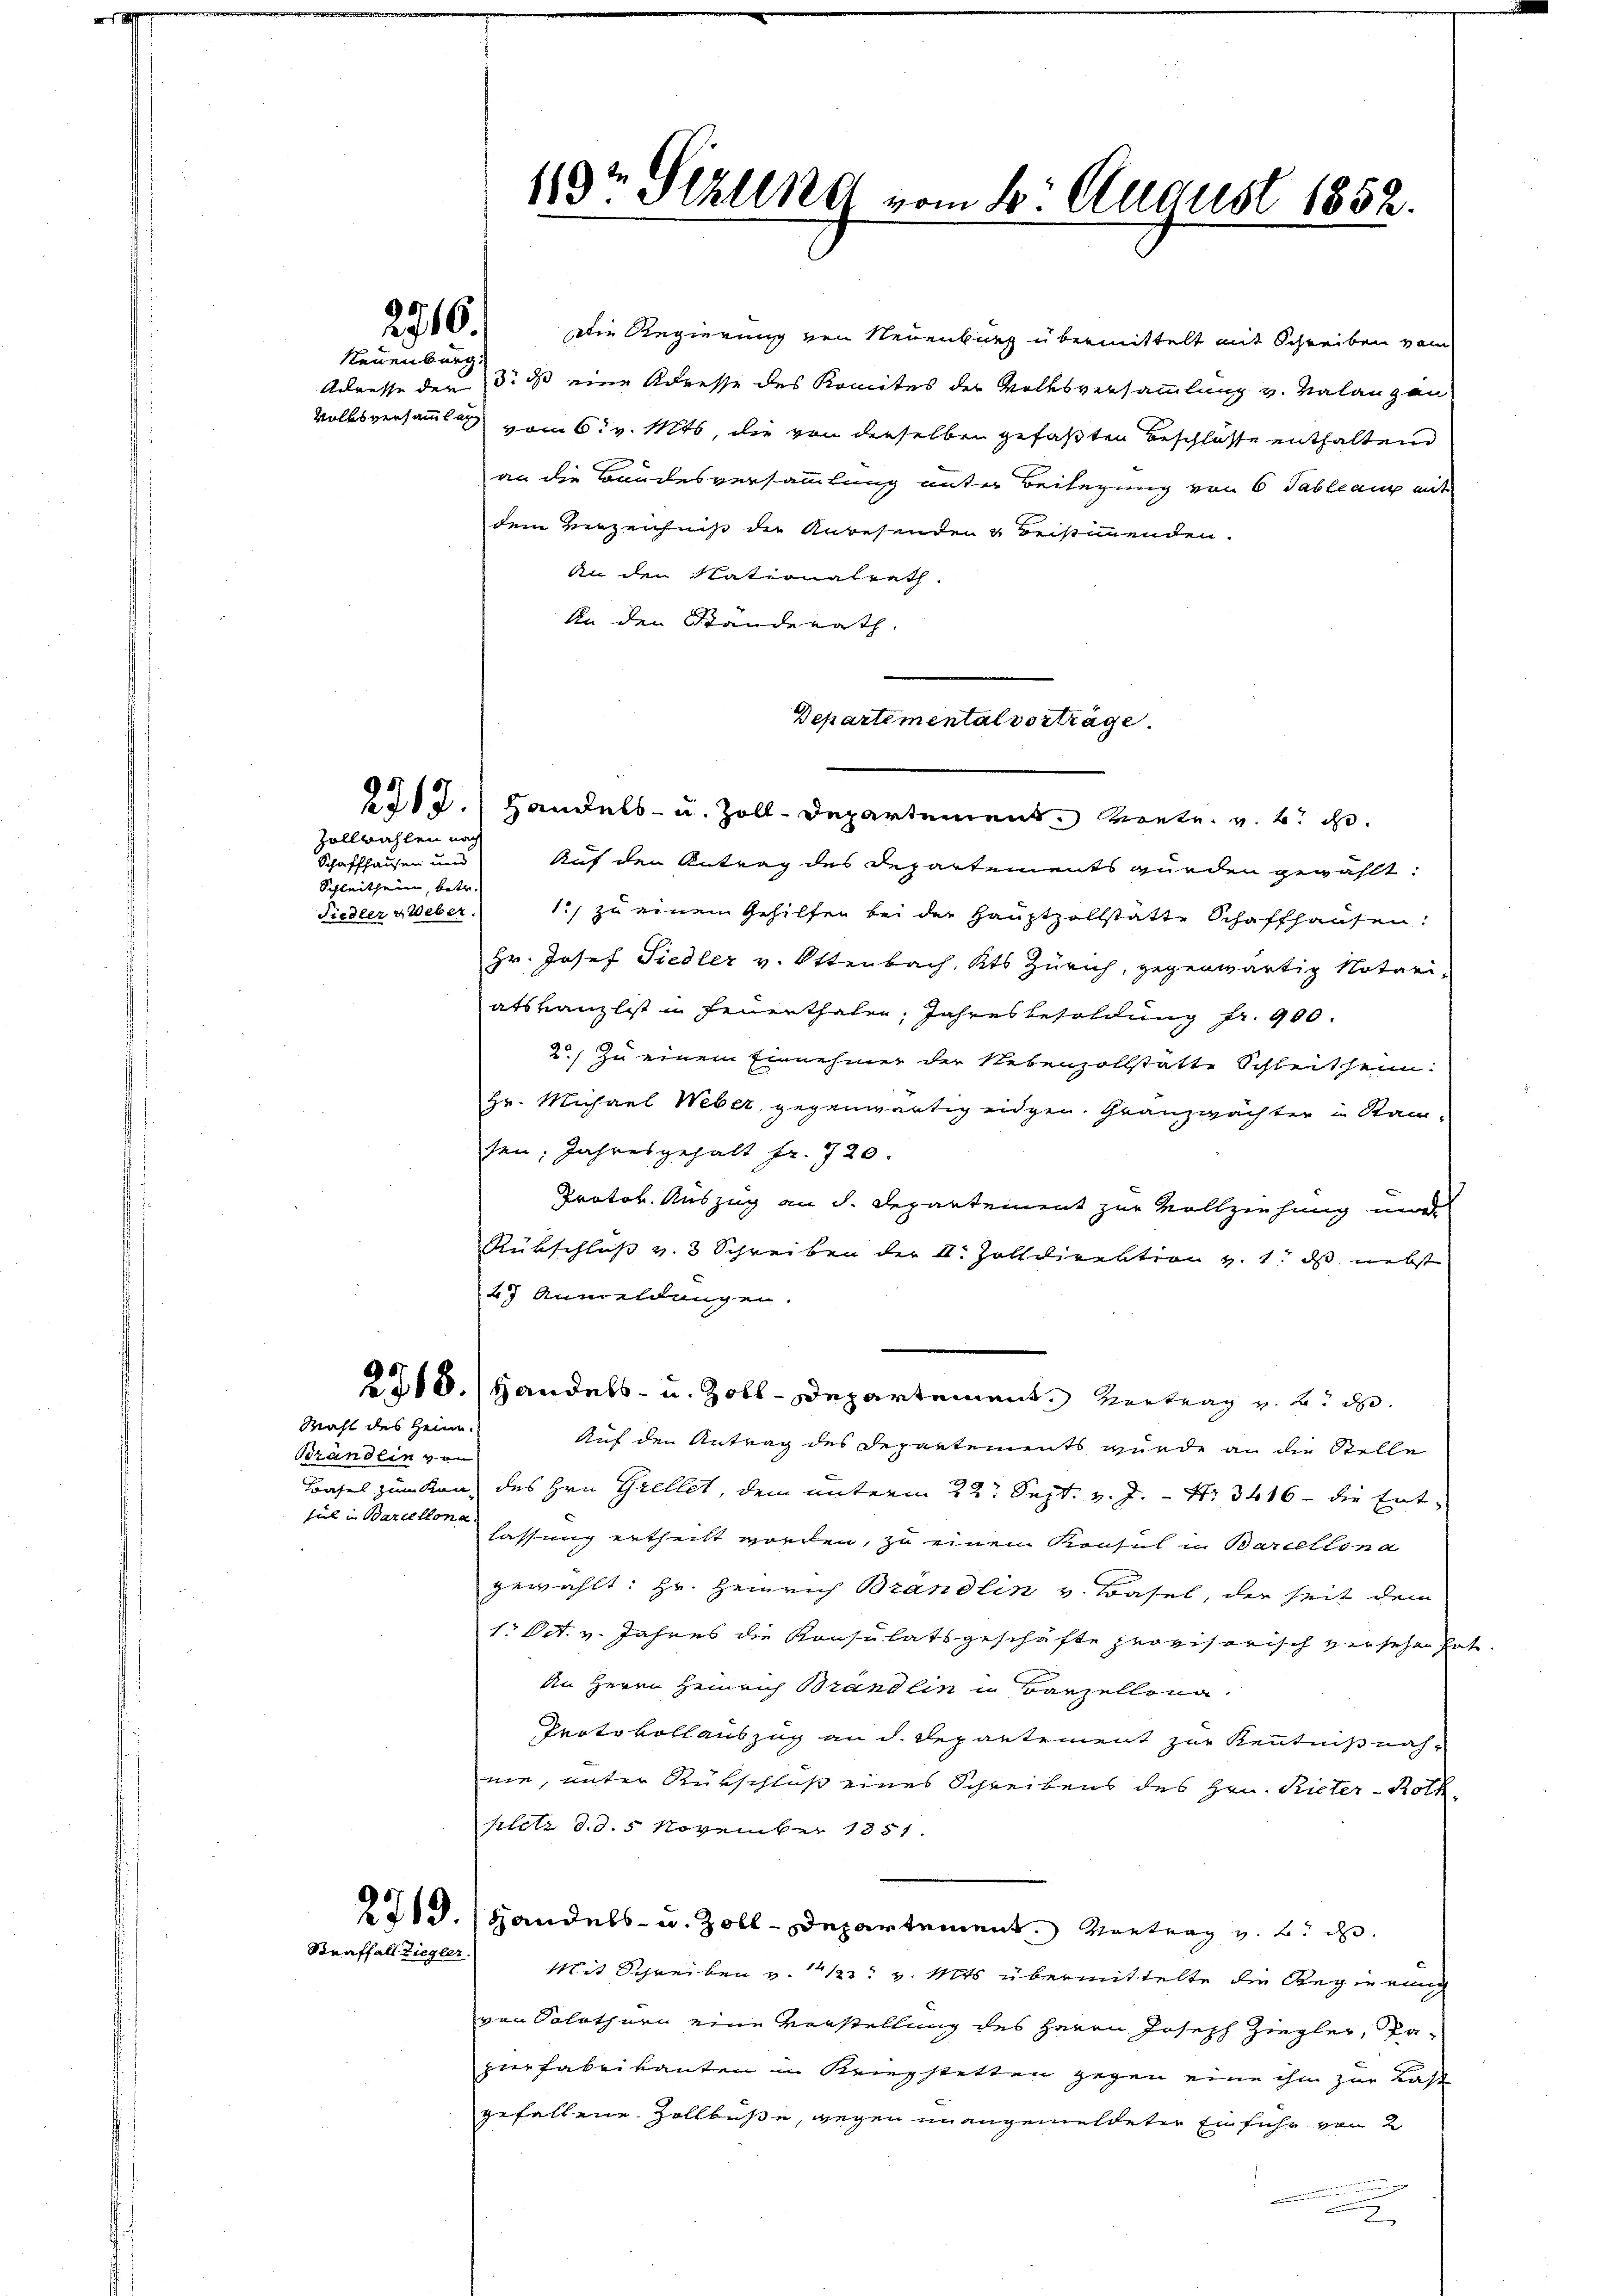
a

2716.

Neuenburg.

Zollwahlen noch
Schaffhausen und
Schleitheim, bot
Fiedler u Weber.

Mahl des Heim.
Brändlin von
sul in Barcelona.

2212. Handels- u. Zoll-Departement Metr. v. 6.

27 Anmeldungen.
2318. Handels- u. Zoll-Departement. Vertrag v. 2. d.

119 Sizling vom 20. August 1852.

Die Regierung von Neuenburg übermittelt mit Schreiben vom
Adresse der 3. ds eine Adresse des Komites der Volksversammlung v. Valanzen
Volksversammlung vom 6. v. Mts, die von derselben gefaßten Beschlosse enthaltend
an die Bundesversammlung unter Beilegung von 6 Tableaux mit
dem Verzeichniß der Anwesenden & Beistimmenden.
An den Nationalrath.
An den Standerath.
Departementalverträge.

Auf den Antrag des Departements wurden gewählt:
1., zu einem Gehilfen bei der Hauptzollstatte Schaffhausen:
Hr. Josef Siedler v. Ottenbach, Kts Zürich, gegenwärtig Notariatskanzlist in Feuerthaler: Jahresbesoldung fr. 900.
2) Zu einem Einnehmer der Nebenzollstatte Schleitheim:
Hr. Michael Weber, gegenwärtig eidgen. Granzwächter in Kam-
sen, Jahresgehalt fr. 720.
Protok. Auszug an d. Departement zur Vollziehung mir
Rübschluß v. 3 Schreiben der A. Zolldirektion v. 1. ds nebst
Auf den Antrag des Departements wurde an die Stelle
Basel zum Kan des Hrn. Grellet, dem unterm 22. Sept. v. J. Nr. 3416 - die Entlassung ertheilt worden, zu einem Konsul in Barceltona
gewählt: Hr. Heinrich Brandlin v. Basel, der seit dem
1. Oct. v. Jahres die Konsulatsgeschäfte provisorisch versehen hat
An Herrn Heinrich Brand lin u Barzellena.
Protokollauszug an d. Departement zur Kenntnißnahnie, unter Rückschluß eines Schreibens des Hrn. Rieter-Rothplitz d. d. 5 November 1851
2719. Handels- u. Zoll-Departement. Vortrag z. B. i
Straffall Ziegler Mit Schreiben v. 14/23. v. Mts. übermittelte die Regierung
von Solothurn eine Vorstellung des Herrn Joseph Ziegler, Pa-
zierfabrikanten in Kriegstetten gegen eine ihm zur Last
gefallene Zollbuße, gegen unangemeldeter Einfuhr von 2